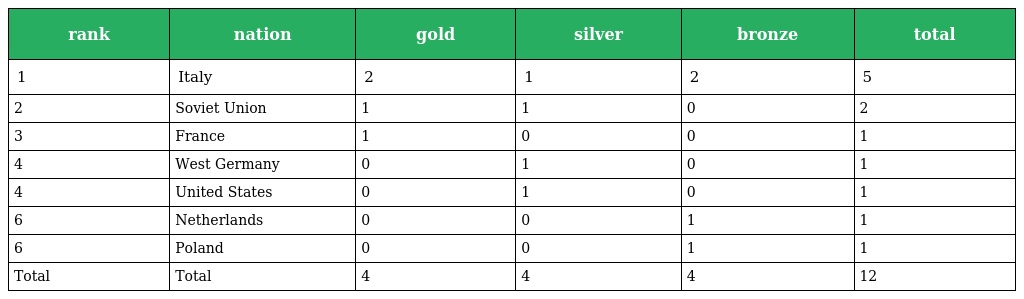
| rank | nation | gold | silver | bronze | total |
 | --- | --- | --- | --- | --- | --- |
 | 1 | Italy | 2 | 1 | 2 | 5 |
 | 2 | Soviet Union | 1 | 1 | 0 | 2 |
 | 3 | France | 1 | 0 | 0 | 1 |
 | 4 | West Germany | 0 | 1 | 0 | 1 |
 | 4 | United States | 0 | 1 | 0 | 1 |
 | 6 | Netherlands | 0 | 0 | 1 | 1 |
 | 6 | Poland | 0 | 0 | 1 | 1 |
 | Total | Total | 4 | 4 | 4 | 12 |